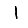
Digit: 1